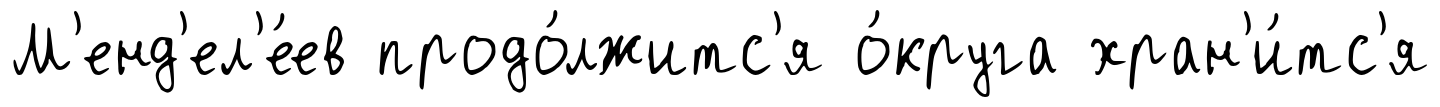
М'енд'ел'е́ев продо́лжитс'я о́круга хран'и́тс'я